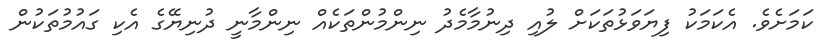
ކަމަށެވެ. އެކަމަކު ފިޔަވަޅުތަކަށް ލުއި ދިނުމާމެދު ނިންމުންތަކެއް ނިންމާނީ ދުނިޔޭގެ އެކި ގައުމުތަކުން